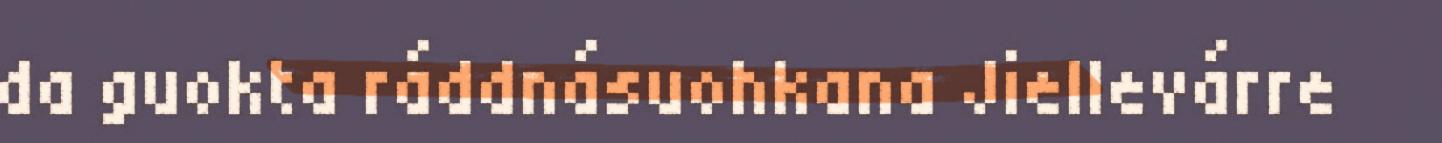
da guokta ráddnásuohkana Jiellevárre